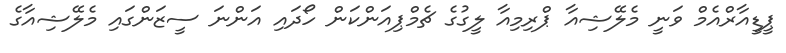
ޕީޑީއާރްއެމް ވަނީ މެލޭޝިއާ ޕްރިމިއާ ލީގުގެ ޗެމްޕިއަންކަން ހޯދައި އަންނަ ސީޒަންގައި މެލޭޝިއާގެ